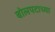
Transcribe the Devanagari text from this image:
बोलपटाच्या